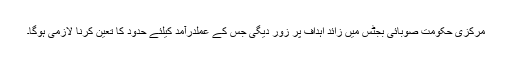
مرکزی حکومت صوبائی بجٹس میں زائد اہداف پر زور دیگی جس کے عملدرآمد کیلئے حدود کا تعین کرنا لازمی ہوگا۔